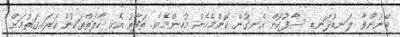
ބޭނުންވާ ލަނޑުދަނޑި ސާފުކޮށް އެނގުން ކޮންމެހެން މުހިންމެވެ. ތަފާތު އެކި ހާލަތްތަކުން އަރައިގަތުމަށް